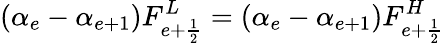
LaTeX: (\alpha_{e}-\alpha_{e+1})F_{e+\frac{1}{2}}^{L}=(\alpha_{e}-\alpha_{e+1})F_{e+\frac{1}{2}}^{H}